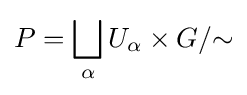
P=\bigsqcup _{\alpha }U_{\alpha }\times G/{\sim }